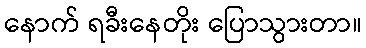
နောက် ရခီးနေတိုး ပြောသွားတာ။